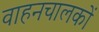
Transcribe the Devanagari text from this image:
वाहनचालकों